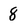
Character: 8